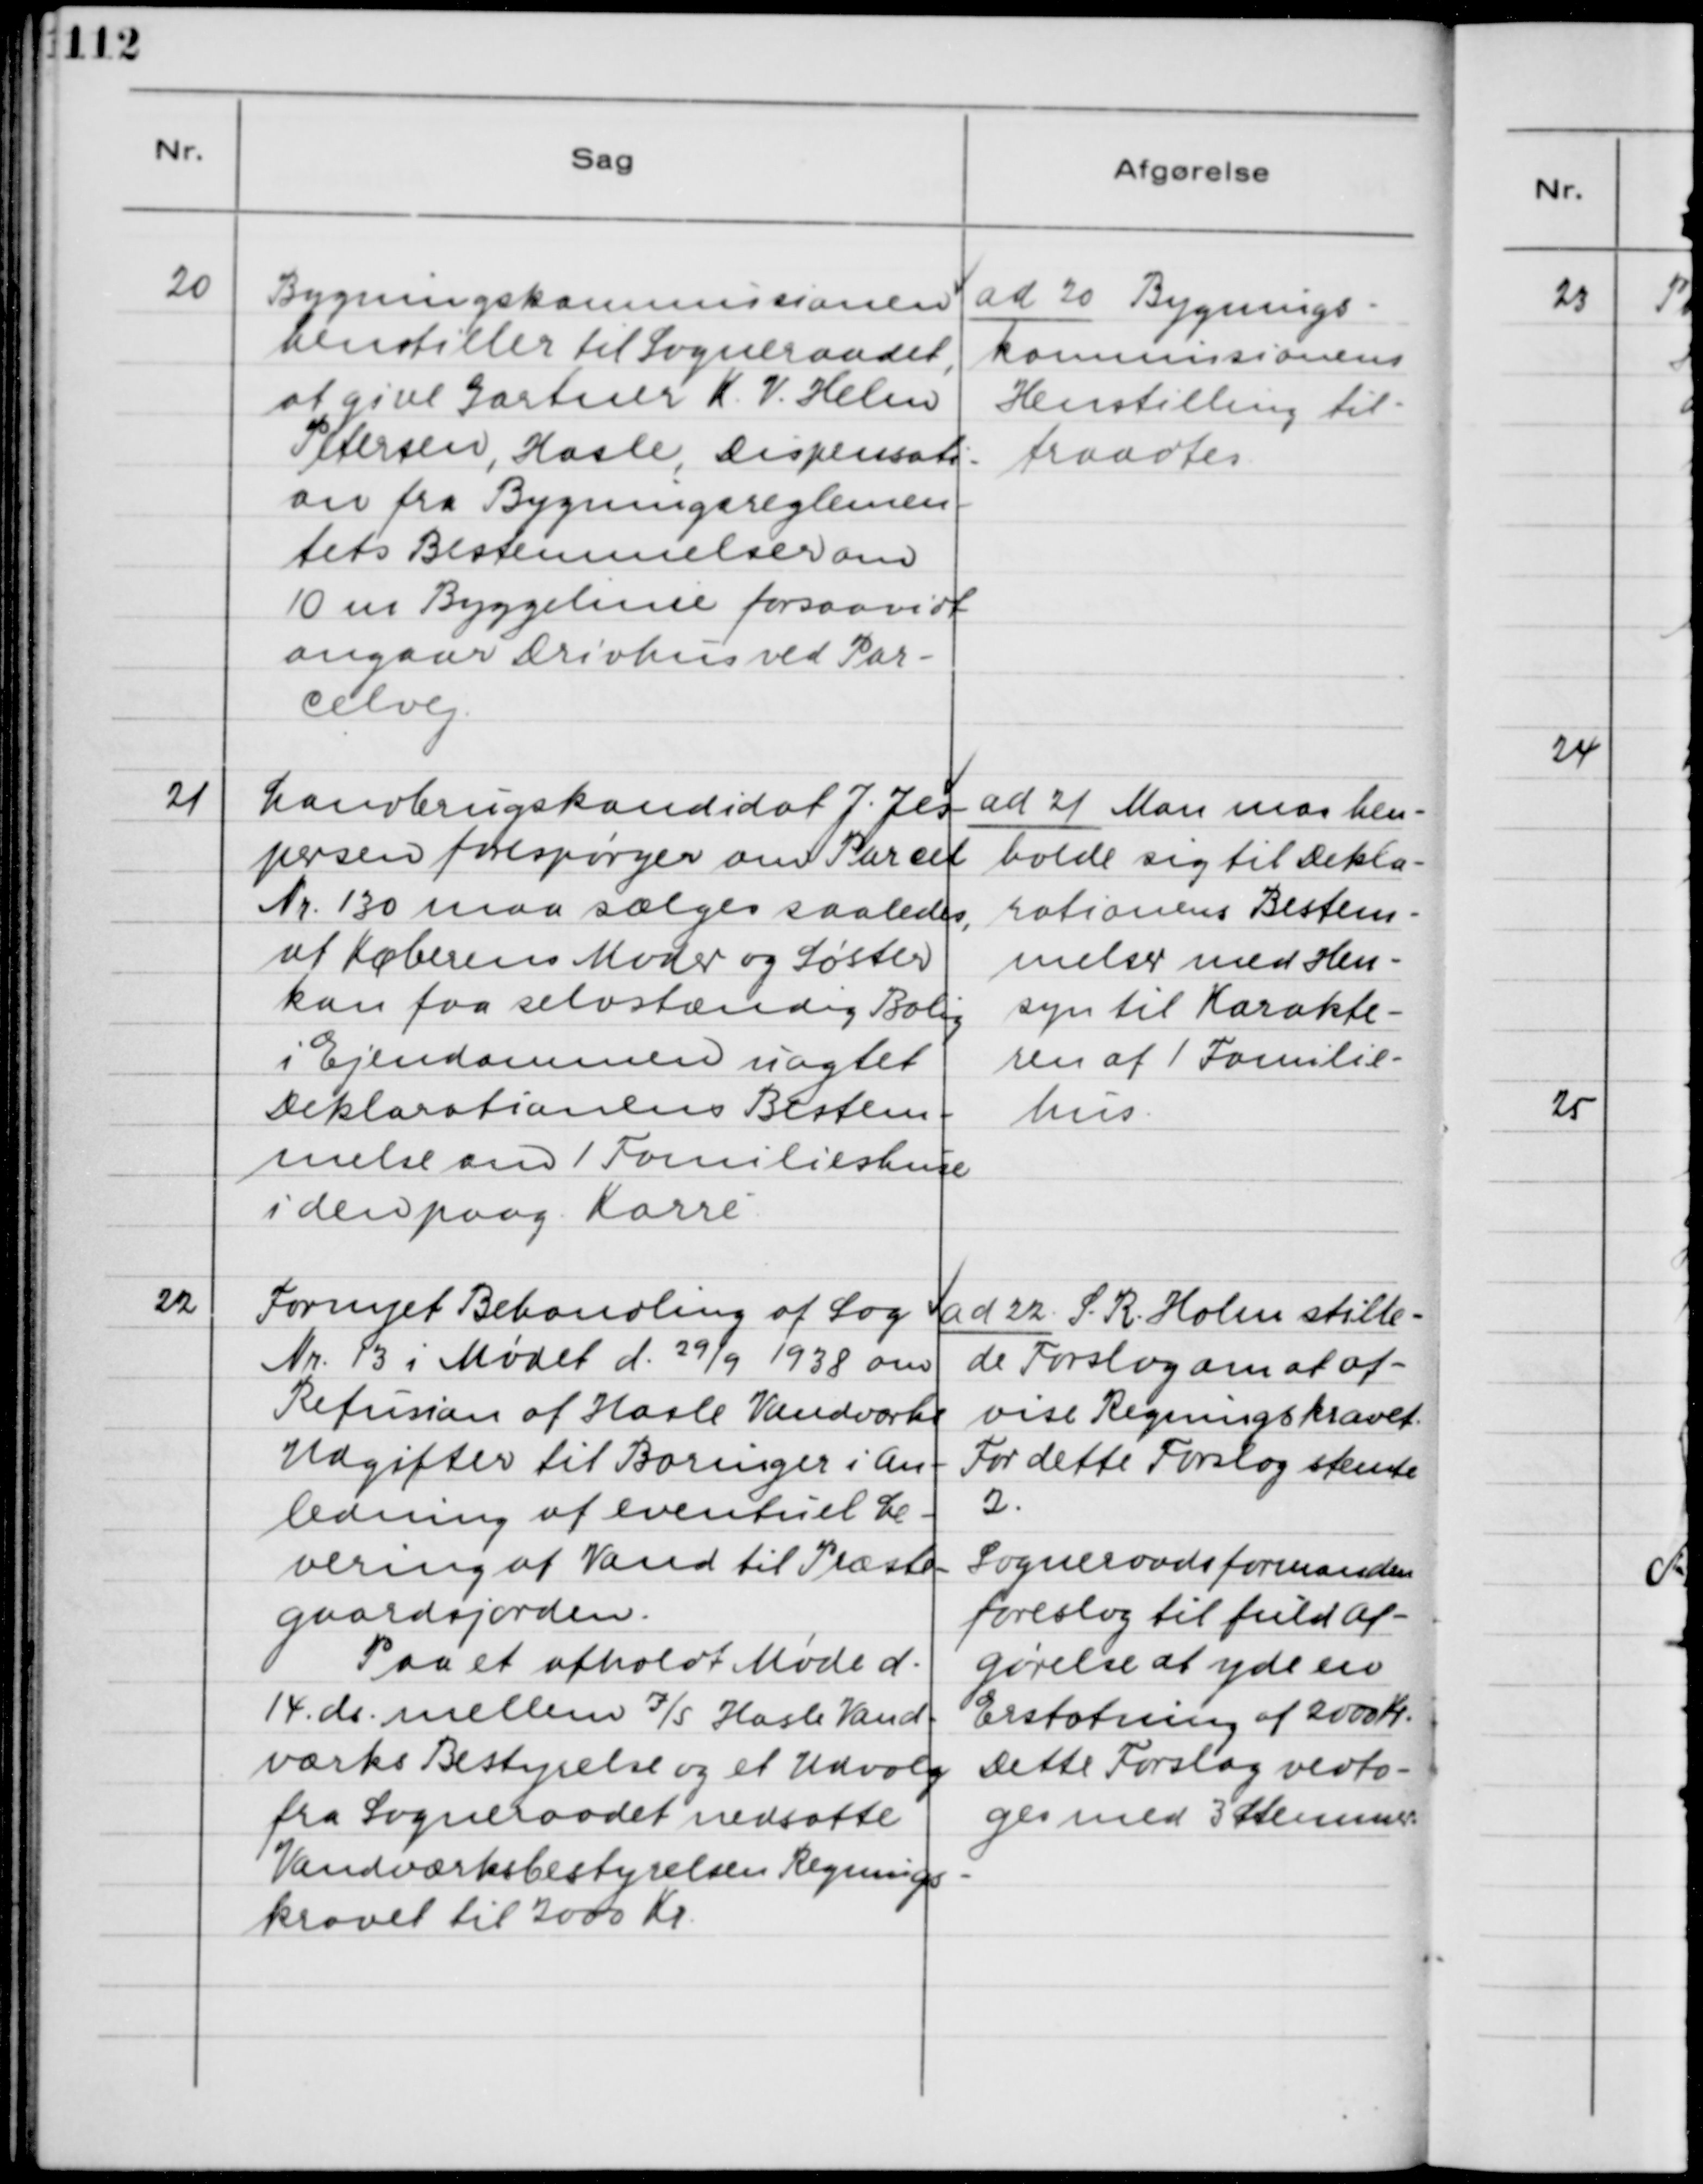
Transskription:
20. Bygningskommissionen
henstiller til Sogneraadet,
at give Gartner K. V. Helm
Petersen, Hasle, Dispensati-
on fra Bygningsreglemen-
tets Bestemmelser om
10 m Byggelinie forsaavidt
angaar Drivhus ved Par-
celvej.

ad 20. Bygnings-
kommissionens
Henstilling til-
trædes.

21. Landbrugskandidat J. Jes-
persen forespørger om Parcel
Nr. 130 maa sælges saaledes,
at Køberens Moder og Søster
kan faa selvstændig Bolig
i Ejendommen uagtet
Deklarationens Bestem-
melse om 1 Familiehuse
i den paag. Karré.

ad 21. Man maa hen-
holde sig til Dekla-
rationens Bestem-
melse med Hen-
syn til Karakte-
ren af 1 Familie-
hus.

22. Fornyet Behandling af Sag
Nr. 13 i Mødet d. 29/9 1938 om
Refusion af Hasle Vandværks
Udgifter til Boringer i An-
ledning af eventuel Le-
vering af Vand til Præste-
gaardsjorden.
Paa et afholdt Møde d.
14. ds. mellem I/S Hasle Vand-
værks Bestyrelse og et Udvalg
fra Sogneraadet nedsatte
Vandværksbestyrelsen Regnings-
kravet til 2ooo Kr.

ad 22. S. R. Holm stille-
de Forslag om at af-
vise Regningskravet.
For dette Forslag stemte
2.
Sogneraadsformanden
foreslog til fuld Af-
gørelse at yde en
Erstatning af 2000 Kr..
Dette Forslag vedto-
ges med 3 Stemmer.